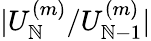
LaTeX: |U_{\mathbb{N}}^{(m)}/U_{\mathbb{N}-1}^{(m)}|